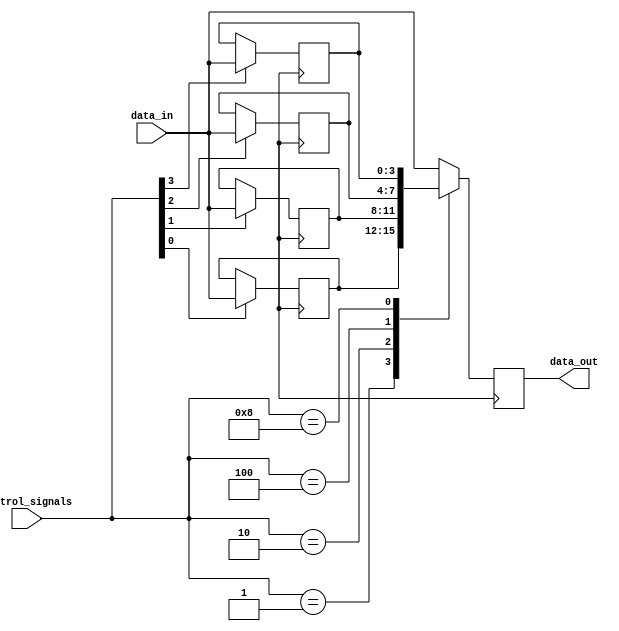
module Bypass_Register (
  input wire [3:0] data_in,
  input wire [3:0] control_signals,
  output reg [3:0] data_out
);

reg [3:0] storage [0:3];

always @ (posedge clock) begin
  if (control_signals[0] == 1'b1) begin
    storage[0] <= data_in;
  end
  if (control_signals[1] == 1'b1) begin
    storage[1] <= data_in;
  end
  if (control_signals[2] == 1'b1) begin
    storage[2] <= data_in;
  end
  if (control_signals[3] == 1'b1) begin
    storage[3] <= data_in;
  end
  
  // Select data based on control signals
  case(control_signals)
    4'b0001: data_out <= storage[0];
    4'b0010: data_out <= storage[1];
    4'b0100: data_out <= storage[2];
    4'b1000: data_out <= storage[3];
    default: data_out <= data_in;
  endcase
end

endmodule